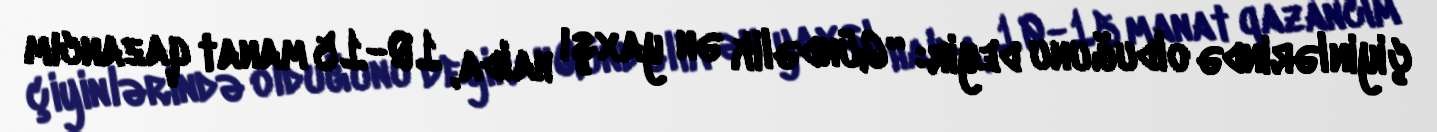
çiyinlərində olduğunu deyir: “Gündəlik ən yaxşı halda, 10-15 manat qazancım